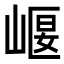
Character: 𡹶